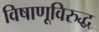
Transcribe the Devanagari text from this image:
विषाणूविरुद्ध